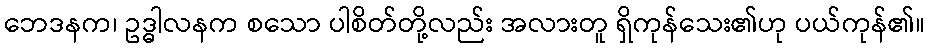
ဘေဒနက၊ ဥဒ္ဓါလနက စသော ပါစိတ်တို့လည်း အလားတူ ရှိကုန်သေး၏ဟု ပယ်ကုန်၏။